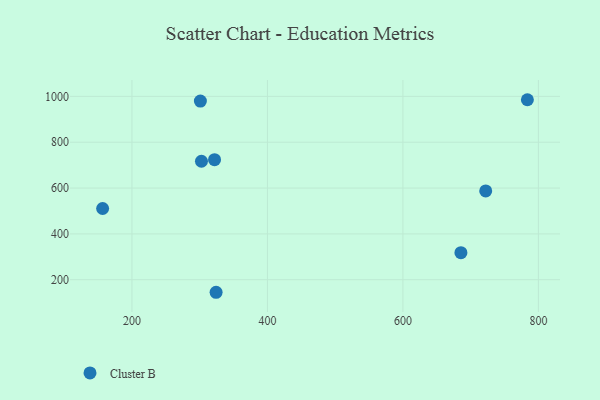
{"axis": {"x": "Engine Size", "y": "Salary"}, "legend": ["Cluster B"], "data": [{"x": "324.2", "y": 145.2, "type": "Cluster B"}, {"x": "783.7", "y": 985.4, "type": "Cluster B"}, {"x": "321.9", "y": 723.9, "type": "Cluster B"}, {"x": "722.2", "y": 587.5, "type": "Cluster B"}, {"x": "685.6", "y": 317.8, "type": "Cluster B"}, {"x": "301.0", "y": 979.3, "type": "Cluster B"}, {"x": "156.7", "y": 510.7, "type": "Cluster B"}, {"x": "302.6", "y": 716.9, "type": "Cluster B"}]}